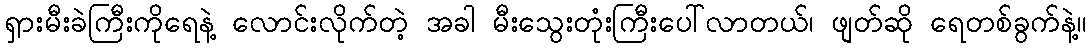
ရှားမီးခဲကြီးကိုရေနဲ့ လောင်းလိုက်တဲ့ အခါ မီးသွေးတုံးကြီးပေါ်လာတယ်၊ ဖျတ်ဆို ရေတစ်ခွက်နဲ့။